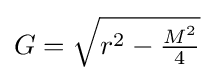
{}G={\sqrt {r^{2}-{\tfrac {M^{2}}{4}}}}